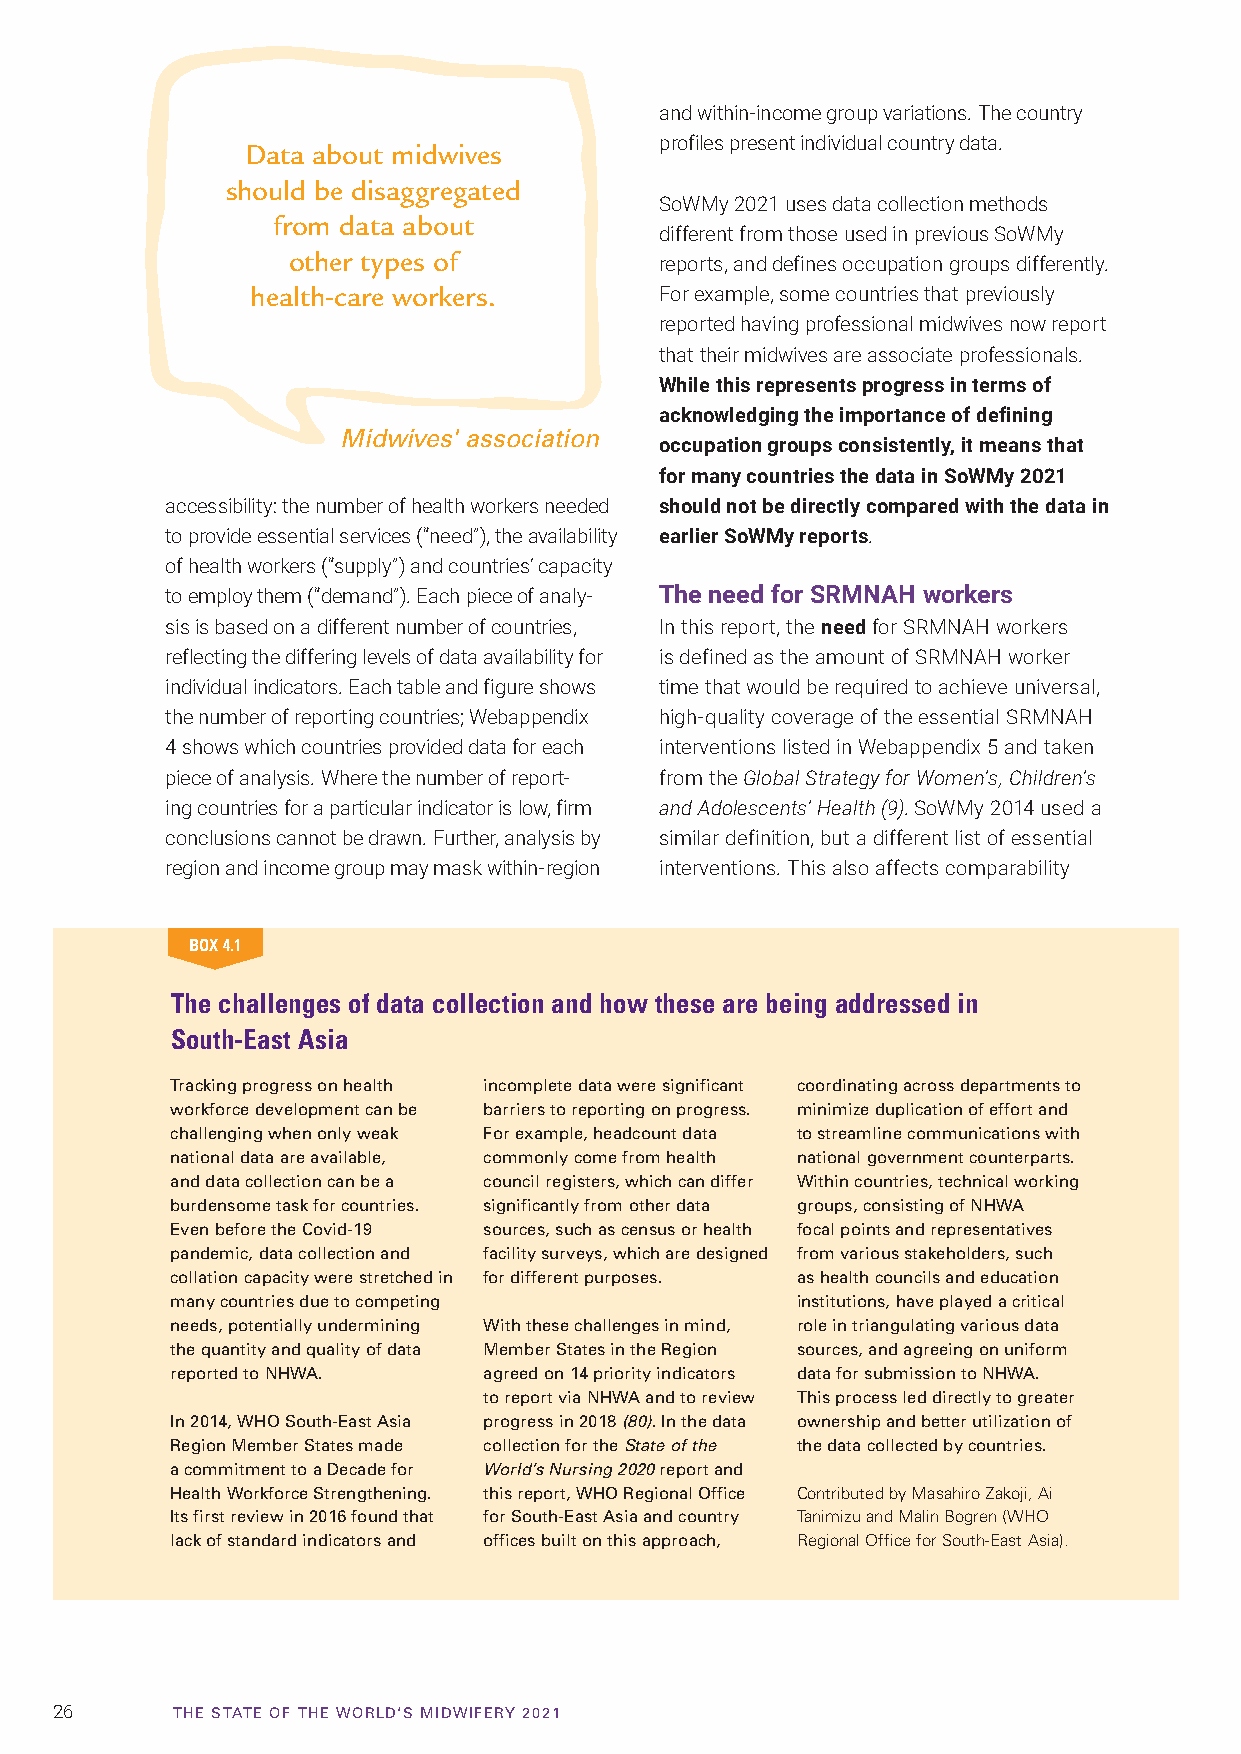
and within-income group variations. The country
 profiles present individual country data.
 Data about midwives
 should be disaggregated
 SoWMy 2021 uses data collection methods
 from data about
 different from those used in previous SoWMy
 other types of
 reports, and defines occupation groups differently.
 health-care workers.       For example, some countries that previously
 reported having professional midwives now report
 that their midwives are associate professionals.
 While this represents progress in terms of
 acknowledging the importance of defining
 Midwives' association
 occupation groups consistently, it means that
 for many countries the data in SoWMy 2021
 accessibility: the number of health workers needed should not be directly compared with the data in
 to provide essential services (“need”), the availability earlier SoWMy reports.
 of health workers (“supply”) and countries’ capacity
 to employ them (“demand”). Each piece of analy- The need for SRMNAH workers
 sis is based on a different number of countries, In this report, the need for SRMNAH workers
 reflecting the differing levels of data availability for is defined as the amount of SRMNAH worker
 individual indicators. Each table and figure shows time that would be required to achieve universal,
 the number of reporting countries; Webappendix high-quality coverage of the essential SRMNAH
 4 shows which countries provided data for each interventions listed in Webappendix 5 and taken
 piece of analysis. Where the number of report- from the Global Strategy for Women’s, Children’s
 ing countries for a particular indicator is low, firm and Adolescents’ Health (9). SoWMy 2014 used a
 conclusions cannot be drawn. Further, analysis by similar definition, but a different list of essential
 region and income group may mask within-region interventions. This also affects comparability
 BOX 4.1
 The challenges of data collection and how these are being addressed in
 South-East Asia
 Tracking progress on health incomplete data were significant coordinating across departments to
 workforce development can be barriers to reporting on progress. minimize duplication of effort and
 challenging when only weak For example, headcount data to streamline communications with
 national data are available, commonly come from health national government counterparts.
 and data collection can be a council registers, which can differ Within countries, technical working
 burdensome task for countries. significantly from other data groups, consisting of NHWA
 Even before the Covid-19 sources, such as census or health focal points and representatives
 pandemic, data collection and facility surveys, which are designed from various stakeholders, such
 collation capacity were stretched in for different purposes. as health councils and education
 many countries due to competing           institutions, have played a critical
 needs, potentially undermining With these challenges in mind, role in triangulating various data
 the quantity and quality of data Member States in the Region sources, and agreeing on uniform
 reported to NHWA.    agreed on 14 priority indicators data for submission to NHWA.
 to report via NHWA and to review This process led directly to greater
 In 2014, WHO South-East Asia progress in 2018 (80). In the data ownership and better utilization of
 Region Member States made collection for the State of the the data collected by countries.
 a commitment to a Decade for World’s Nursing 2020 report and
 Health Workforce Strengthening. this report, WHO Regional Office Contributed by Masahiro Zakoji, Ai
 Its first review in 2016 found that for South-East Asia and country Tanimizu and Malin Bogren (WHO
 lack of standard indicators and offices built on this approach, Regional Office for South-East Asia).
 26      TTHHEE SSTTAATTEE OOFF TTHHEE WWOORRLLDD‘‘SS MMIIDDWWIIFFEERRYY 22002211